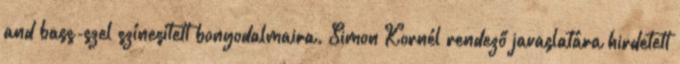
and bass-szel színesített bonyodalmaira. Simon Kornél rendező javaslatára hirdetett